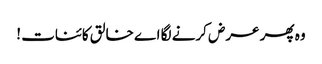
وہ پھر عرض کرنے لگا اے خالق کائنات !